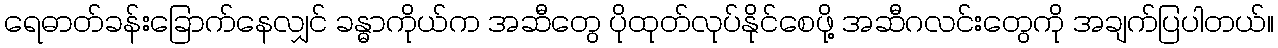
ရေဓာတ်ခန်းခြောက်နေလျှင် ခန္ဓာကိုယ်က အဆီတွေ ပိုထုတ်လုပ်နိုင်စေဖို့ အဆီဂလင်းတွေကို အချက်ပြပါတယ်။